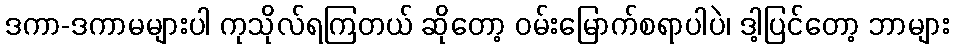
ဒကာ-ဒကာမများပါ ကုသိုလ်ရကြတယ် ဆိုတော့ ဝမ်းမြောက်စရာပါပဲ၊ ဒါ့ပြင်တော့ ဘာများ